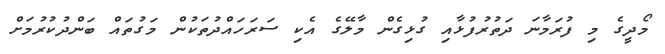
މޯދީގެ މި ފުރަމާނަ ދަތުރުފުޅާއި ގުޅިގެން މާލޭގެ އެކި ސަރަހައްދުތަކުން މަގުތައް ބަންދުކުރުމަށް